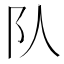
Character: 队